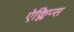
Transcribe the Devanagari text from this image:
ऐक्लिप्स